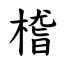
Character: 㮷